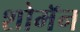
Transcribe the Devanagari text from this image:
शोमॅन